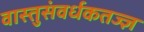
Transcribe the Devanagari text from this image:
वास्तुसंवर्धकतज्ज्ञ